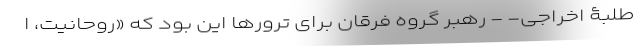
طلبۀ اخراجی- - رهبر گروه فرقان برای ترورها این بود که «روحانیت، ا